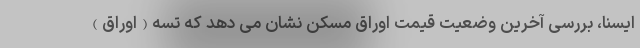
ایسنا، بررسی آخرین وضعیت قیمت اوراق مسکن نشان می دهد که تسه(اوراق)